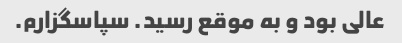
عالی بود و به موقع رسید. سپاسگزارم.